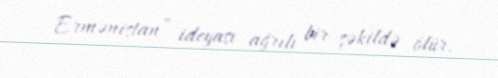
Ermənistan” ideyası ağrılı bir şəkildə ölür.